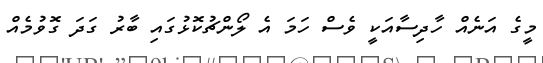
މީގެ އަނެއް ހާދިސާއަކީ ވެސް ހަމަ އެ ލޯންޗުކޮޅުގައި ބާރު ގަދަ ގޮވުމެއް